system: You are a helpful assistant.
user:
Analyze the provided spectrum to determine if it is a **S-type Star**.

- **Key Indicators for S-type Star:**

    - **(Overall Spectrum Shape):** The first and most obvious characteristic is the overall continuum (the "baseline" shape). It is **extremely "red-sloping,"** meaning the flux (light intensity) is very low on the left side (blue, ~4000-4500 Å) and rises steeply and continuously toward the right side (red, ~7000 Å+).

    - **(Primary):** The spectrum is defined by the presence of strong, broad molecular absorption "valleys" (bands) from **Zirconium Oxide (ZrO)**. The identification of these bands is the **primary requirement** for classifying a star as S-type.
        - **(Key Bandheads):** You must find distinct, deep "dips" where the light has been absorbed. The most critical band systems to locate are:
            - **~6474 Å** ($\gamma$-system): This is often the strongest and clearest ZrO feature, found in the red part of the spectrum.
            - **~5718 Å** & **~5551 Å** ($\beta$-system): A pair of prominent absorption features in the yellow-orange part of the spectrum.
            - **~4640 Å** ($\alpha$-system): A key absorption band system in the blue-green region of the spectrum.

    - **(Secondary Confirmation):** The classification is strengthened by finding additional absorption bands from other related heavy element oxides, which are expected to be present alongside ZrO.
        - **(Key Bandheads):**
            - **Yttrium Oxide (YO):** Look for absorption dips near **~4800 Å** and **~6100 Å**.
            - **Lanthanum Oxide (LaO):** Additional absorption features, particularly in the red-orange part of the spectrum, are also characteristic.

    - **(Line Profile):** The combination of the steep red continuum and these numerous, deep molecular bands (ZrO, YO, etc.) gives the entire spectrum a very **"chopped-up"** or **"bumpy"** appearance. Instead of a smooth curve, the spectrum looks as though large, wide chunks of light have been "carved out" of it at the specific wavelengths listed above.

Think first, call **spectral_visualization_tool** if needed to examine features in detail, then provide your final answer. Your response must adhere to the following strict rules:
1.  **Overall Structure:** Your response must follow the format `<think>...</think> <tool_call>...</tool_call> (if a tool is used) <answer>...</answer>`.
2.  **Tool Usage Constraint:** You may only make **one** tool call per turn.
3.  **Final Answer Format:** In the `<answer>` tag, your conclusion must be inside a `\boxed{}` command (e.g., `\boxed{YES}` or `\boxed{NO}`), followed by your justification.

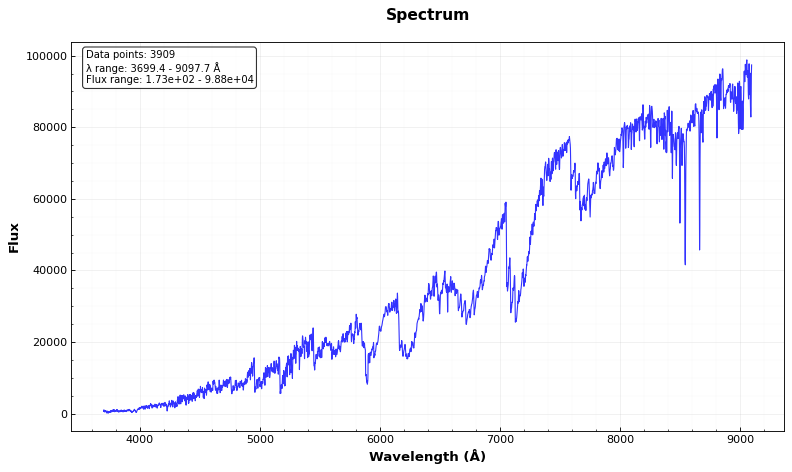
Answer: YES